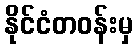
နိုင်ငံတဝန်းမှ